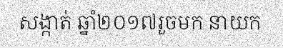
សង្កាត់ ឆ្នាំ២០១៧រួចមក នាយក